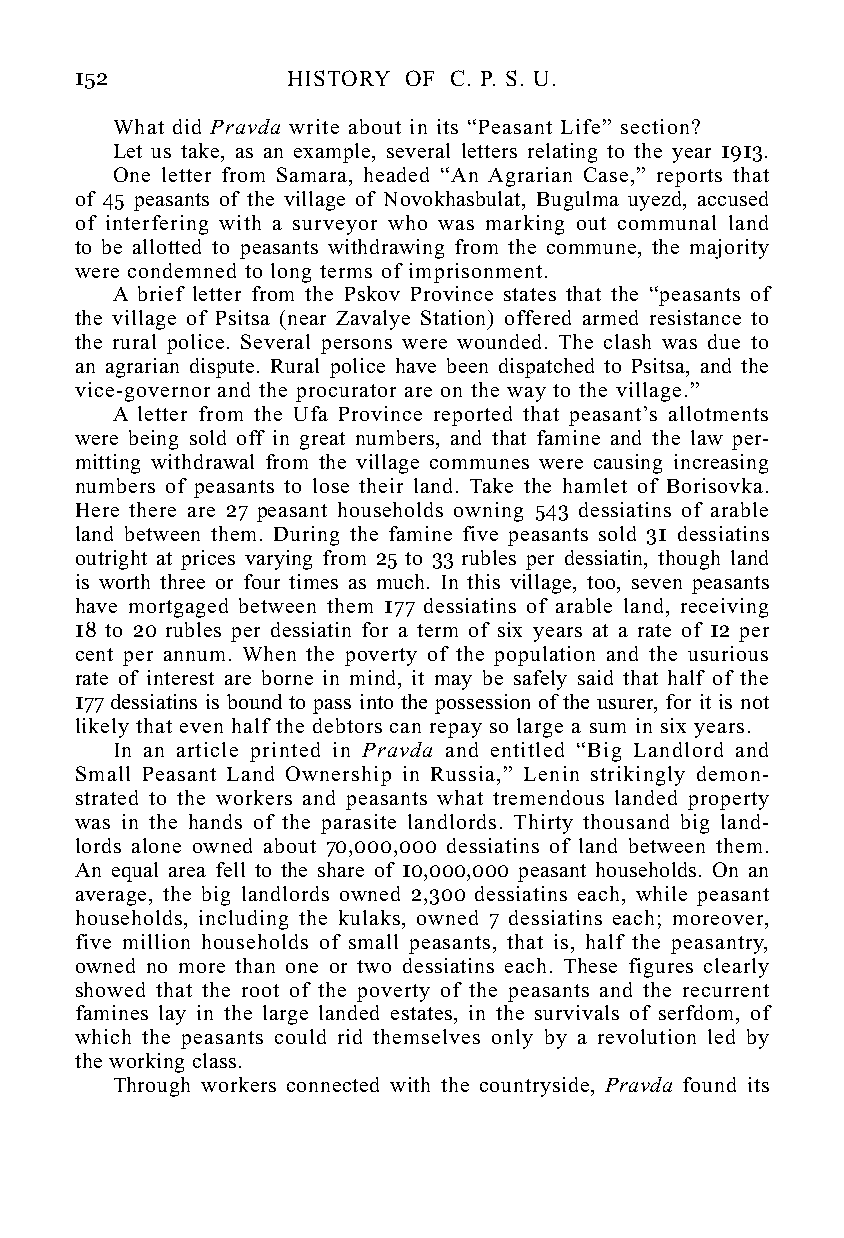
152           HISTORY OF C. P. S. U.
 What did Pravda write about in its “Peasant Life” section?
 Let us take, as an example, several letters relating to the year 1913.
 One letter from Samara, headed “An Agrarian Case,” reports that
 of 45 peasants of the village of Novokhasbulat, Bugulma uyezd, accused
 of interfering with a surveyor who was marking out communal land
 to be allotted to peasants withdrawing from the commune, the majority
 were condemned to long terms of imprisonment.
 A brief letter from the Pskov Province states that the “peasants of
 the village of Psitsa (near Zavalye Station) offered armed resistance to
 the rural police. Several persons were wounded. The clash was due to
 an agrarian dispute. Rural police have been dispatched to Psitsa, and the
 vice-governor and the procurator are on the way to the village.”
 A letter from the Ufa Province reported that peasant’s allotments
 were being sold off in great numbers, and that famine and the law per-
 mitting withdrawal from the village communes were causing increasing
 numbers of peasants to lose their land. Take the hamlet of Borisovka.
 Here there are 27 peasant households owning 543 dessiatins of arable
 land between them. During the famine five peasants sold 31 dessiatins
 outright at prices varying from 25 to 33 rubles per dessiatin, though land
 is worth three or four times as much. In this village, too, seven peasants
 have mortgaged between them 177 dessiatins of arable land, receiving
 18 to 20 rubles per dessiatin for a term of six years at a rate of 12 per
 cent per annum. When the poverty of the population and the usurious
 rate of interest are borne in mind, it may be safely said that half of the
 177 dessiatins is bound to pass into the possession of the usurer, for it is not
 likely that even half the debtors can repay so large a sum in six years.
 In an article printed in Pravda and entitled “Big Landlord and
 Small Peasant Land Ownership in Russia,” Lenin strikingly demon-
 strated to the workers and peasants what tremendous landed property
 was in the hands of the parasite landlords. Thirty thousand big land-
 lords alone owned about 70,000,000 dessiatins of land between them.
 An equal area fell to the share of 10,000,000 peasant households. On an
 average, the big landlords owned 2,300 dessiatins each, while peasant
 households, including the kulaks, owned 7 dessiatins each; moreover,
 five million households of small peasants, that is, half the peasantry,
 owned no more than one or two dessiatins each. These figures clearly
 showed that the root of the poverty of the peasants and the recurrent
 famines lay in the large landed estates, in the survivals of serfdom, of
 which the peasants could rid themselves only by a revolution led by
 the working class.
 Through workers connected with the countryside, Pravda found its